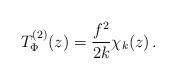
LaTeX: \begin{align*}T_\Phi^{(2)}(z)=\frac{f^2}{2k}\chi_k(z)\,.\end{align*}